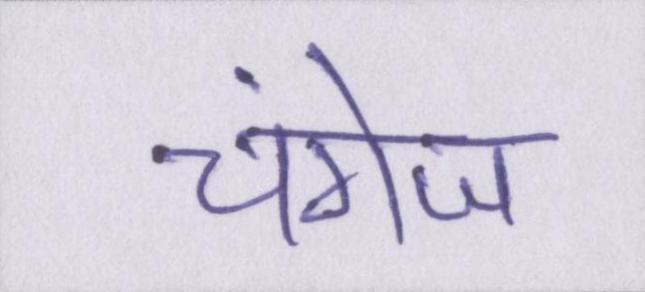
चंगेज